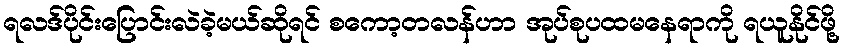
ရလဒ်ပိုင်းပြောင်းလဲခဲ့မယ်ဆိုရင် စကော့တလန်ဟာ အုပ်စုပထမနေရာကို ရယူနိုင်ဖို့